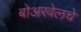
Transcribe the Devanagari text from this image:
बोअरवेलचे